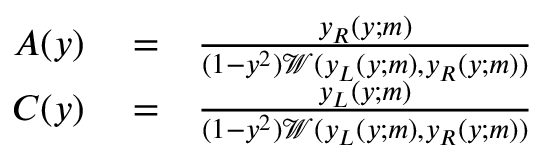
\begin{array} { r l r } { A ( y ) } & { { } = } & { \frac { y _ { R } ( y ; m ) } { ( 1 - y ^ { 2 } ) \mathscr { W } ( y _ { L } ( y ; m ) , y _ { R } ( y ; m ) ) } } \\ { C ( y ) } & { { } = } & { \frac { y _ { L } ( y ; m ) } { ( 1 - y ^ { 2 } ) \mathscr { W } ( y _ { L } ( y ; m ) , y _ { R } ( y ; m ) ) } } \end{array}